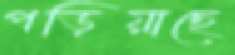
পড়িয়াছে